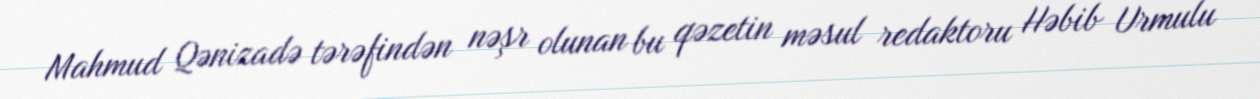
Mahmud Qənizadə tərəfindən nəşr olunan bu qəzetin məsul redaktoru Həbib Urmulu